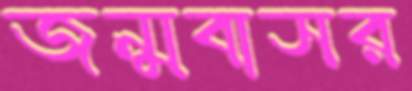
জন্মবাসর